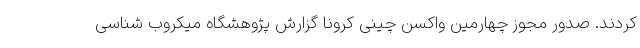
کردند. صدور مجوز چهارمین واکسن چینی کرونا گزارش پژوهشگاه میکروب شناسی